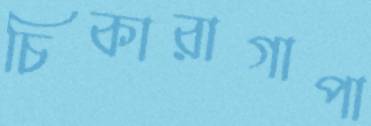
চিকারাগাপা